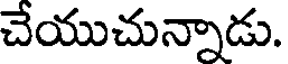
చేయుచున్నాడు.